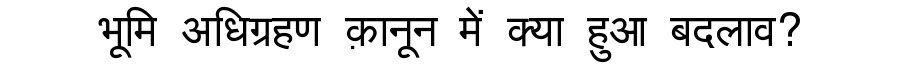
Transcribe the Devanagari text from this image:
भूमि अधिग्रहण क़ानून में क्या हुआ बदलाव?